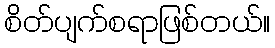
စိတ်ပျက်စရာဖြစ်တယ်။